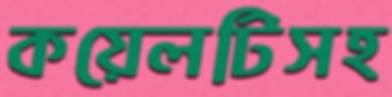
কয়েলটিসহ